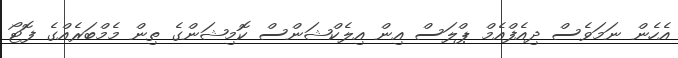
އެހެން ނަމަވެސް ދިއެފްއެމް ޕްލަސް އިން އިލެކްޝަންސް ކޮމިޝަންގެ ތިން މެމްބަރެއްގެ ފޮޓޯ